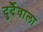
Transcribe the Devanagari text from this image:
दुर्दैवाला